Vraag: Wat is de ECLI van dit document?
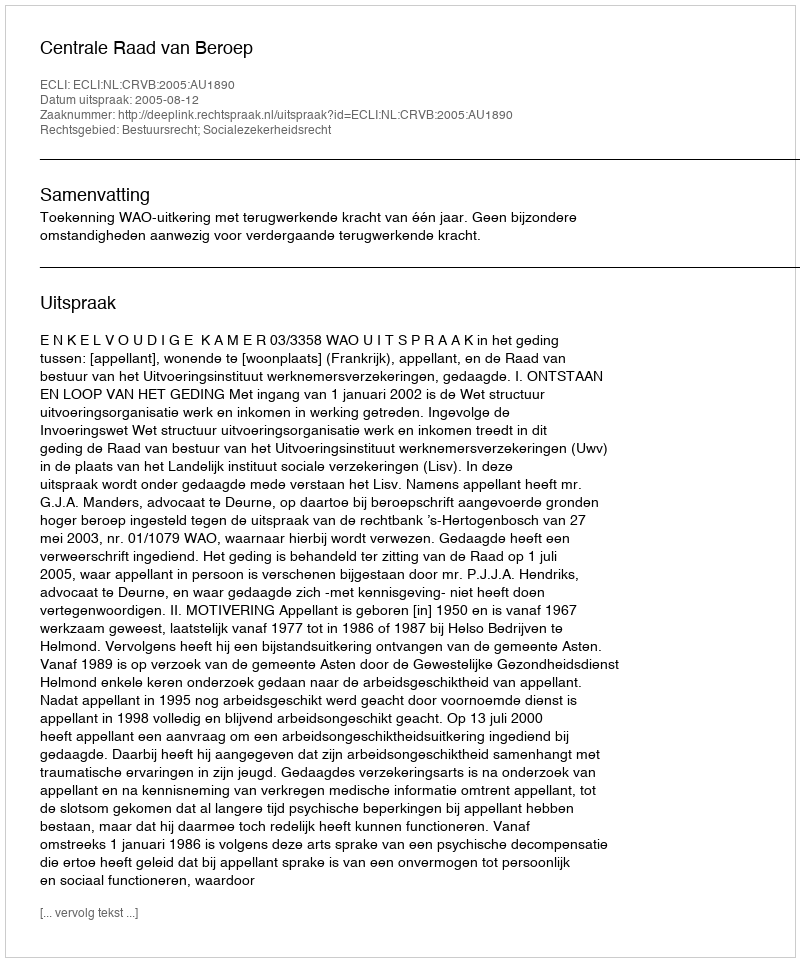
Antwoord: ECLI:NL:CRVB:2005:AU1890